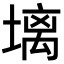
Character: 𪤋